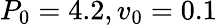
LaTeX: P_{0}=4.2,v_{0}=0.1